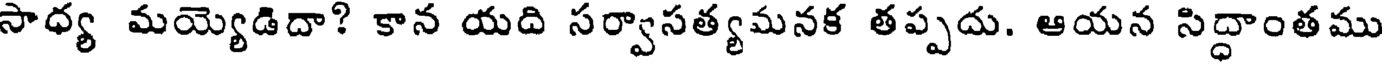
సాధ్య మయ్యెడిదా? కాన యది సర్వాసత్యమనక తప్పదు. ఆయన సిద్ధాంతము